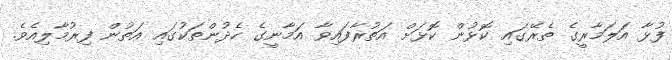
ފުޅާ އަލަމާރީގެ ތެރޭގައި ކޮޅުން ކޮޅަށް އަތުރާފައިވާ އަމާނީގެ ހެދުންތަކުގައި އަތުން ފިރުމާލިއެވެ.